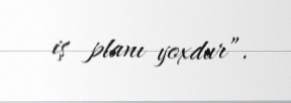
iş planı yoxdur”.